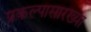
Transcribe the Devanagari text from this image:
प्रकल्पासारख्या